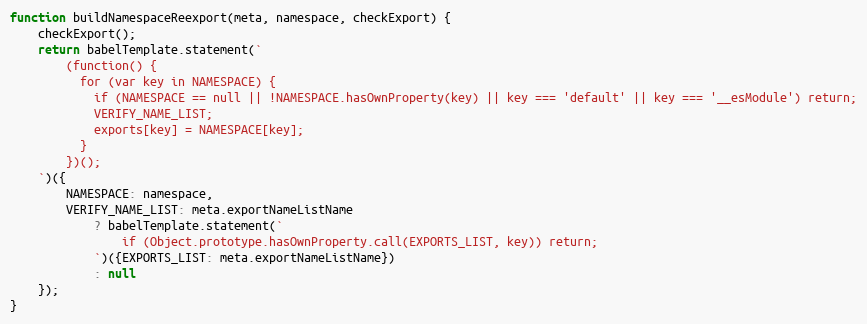
Language: JavaScript
function buildNamespaceReexport(meta, namespace, checkExport) {
    checkExport();
    return babelTemplate.statement(`
        (function() {
          for (var key in NAMESPACE) {
            if (NAMESPACE == null || !NAMESPACE.hasOwnProperty(key) || key === 'default' || key === '__esModule') return;
            VERIFY_NAME_LIST;
            exports[key] = NAMESPACE[key];
          }
        })();
    `)({
        NAMESPACE: namespace,
        VERIFY_NAME_LIST: meta.exportNameListName
            ? babelTemplate.statement(`
                if (Object.prototype.hasOwnProperty.call(EXPORTS_LIST, key)) return;
            `)({EXPORTS_LIST: meta.exportNameListName})
            : null
    });
}